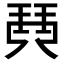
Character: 𤦡